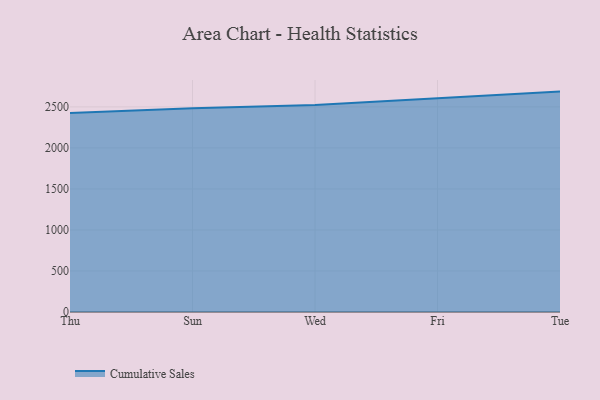
{"axis": {"x": "Day", "y": "Budget (USD K)"}, "legend": ["Cumulative Sales"], "data": [{"x": "Thu", "y": 2425.0, "type": "Cumulative Sales"}, {"x": "Sun", "y": 2483.3, "type": "Cumulative Sales"}, {"x": "Wed", "y": 2522.7, "type": "Cumulative Sales"}, {"x": "Fri", "y": 2600.3, "type": "Cumulative Sales"}, {"x": "Tue", "y": 2686.6, "type": "Cumulative Sales"}]}